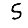
Digit: 5